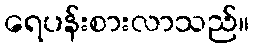
ရေပန်းစားလာသည်။